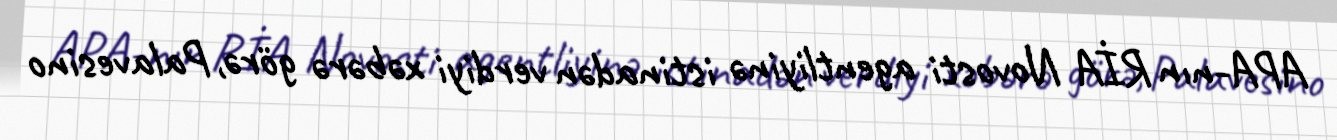
APA-nın RİA Novosti agentliyinə istinadən verdiyi xəbərə görə, Palavesino